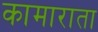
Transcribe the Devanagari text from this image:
कामाराता